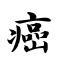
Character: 癌